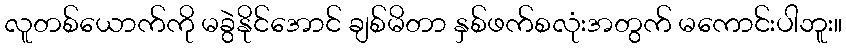
လူတစ်ယောက်ကို မခွဲနိုင်အောင် ချစ်မိတာ နှစ်ဖက်စလုံးအတွက် မကောင်းပါဘူး။